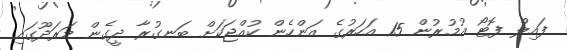
ފައިލް ފޮޓޯ އުމުރުން 15 އަހަރުގެ އަންހެން ކުއްޖަކަށް ބަނގުރާ ދީގެން މަރަދޫގައި